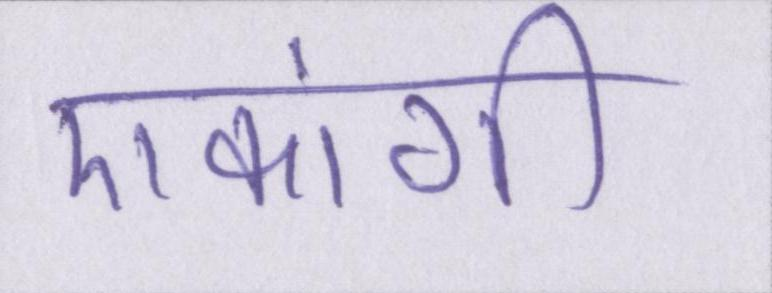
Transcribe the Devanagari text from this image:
एकांगी